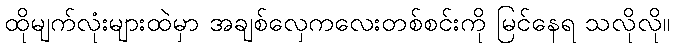
ထိုမျက်လုံးများထဲမှာ အချစ်လှေကလေးတစ်စင်းကို မြင်နေရ သလိုလို။